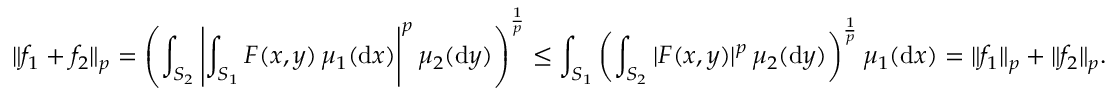
\| f _ { 1 } + f _ { 2 } \| _ { p } = \left( \int _ { S _ { 2 } } \left| \int _ { S _ { 1 } } F ( x , y ) \, \mu _ { 1 } ( \mathrm { d } x ) \right| ^ { p } \mu _ { 2 } ( \mathrm { d } y ) \right) ^ { \frac { 1 } { p } } \leq \int _ { S _ { 1 } } \left( \int _ { S _ { 2 } } | F ( x , y ) | ^ { p } \, \mu _ { 2 } ( \mathrm { d } y ) \right) ^ { \frac { 1 } { p } } \mu _ { 1 } ( \mathrm { d } x ) = \| f _ { 1 } \| _ { p } + \| f _ { 2 } \| _ { p } .